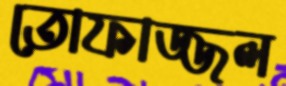
তোফাজ্জল